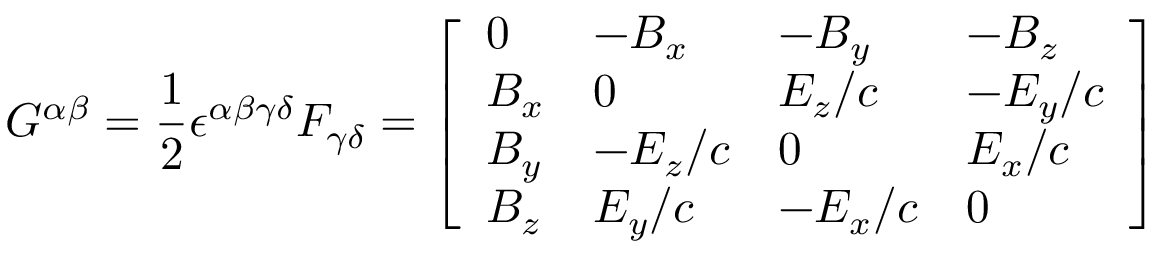
{ G ^ { \alpha \beta } = { \frac { 1 } { 2 } } \epsilon ^ { \alpha \beta \gamma \delta } F _ { \gamma \delta } = { \left[ \begin{array} { l l l l } { 0 } & { - B _ { x } } & { - B _ { y } } & { - B _ { z } } \\ { B _ { x } } & { 0 } & { E _ { z } / c } & { - E _ { y } / c } \\ { B _ { y } } & { - E _ { z } / c } & { 0 } & { E _ { x } / c } \\ { B _ { z } } & { E _ { y } / c } & { - E _ { x } / c } & { 0 } \end{array} \right] } }